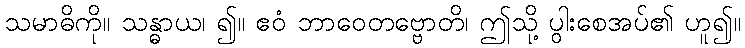
သမာဓိကို။ သန္ဓာယ၊ ၍။ ဧဝံ ဘာဝေတဗ္ဗောတိ၊ ဤသို့ ပွါးစေအပ်၏ ဟူ၍။